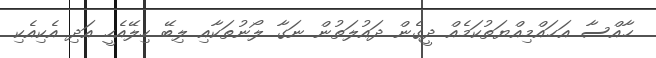
ޙާއްސާ އަޙައްމިއްޔަތުކަމެއް ދީގެން ދައުލަތުން ނަގާ ލޯނުތަކާއި ލިބޭ ހިލޭއެހީ އަދި އެކިއެކި